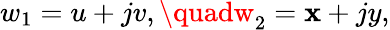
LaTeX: w_{1}=u+jv,\quadw_{2}=\mathbf{x}+jy,